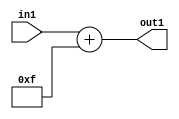
`timescale 1ps / 1ps
/*****************************************************************************
    Verilog RTL Description
    
    
    Created by: Stratus DpOpt 21.05.01 
*******************************************************************************/

module SobelFilter_Add_6U_25_4 (
	in1,
	out1
	); /* architecture "behavioural" */ 
input [4:0] in1;
output [5:0] out1;
wire [5:0] asc001;

assign asc001 = 
	+(in1)
	+(6'B001111);

assign out1 = asc001;
endmodule

/* CADENCE  urj4SAo= : u9/ySxbfrwZIxEzHVQQV8Q== ** DO NOT EDIT THIS LINE ******/